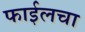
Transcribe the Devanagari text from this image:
फाईलचा